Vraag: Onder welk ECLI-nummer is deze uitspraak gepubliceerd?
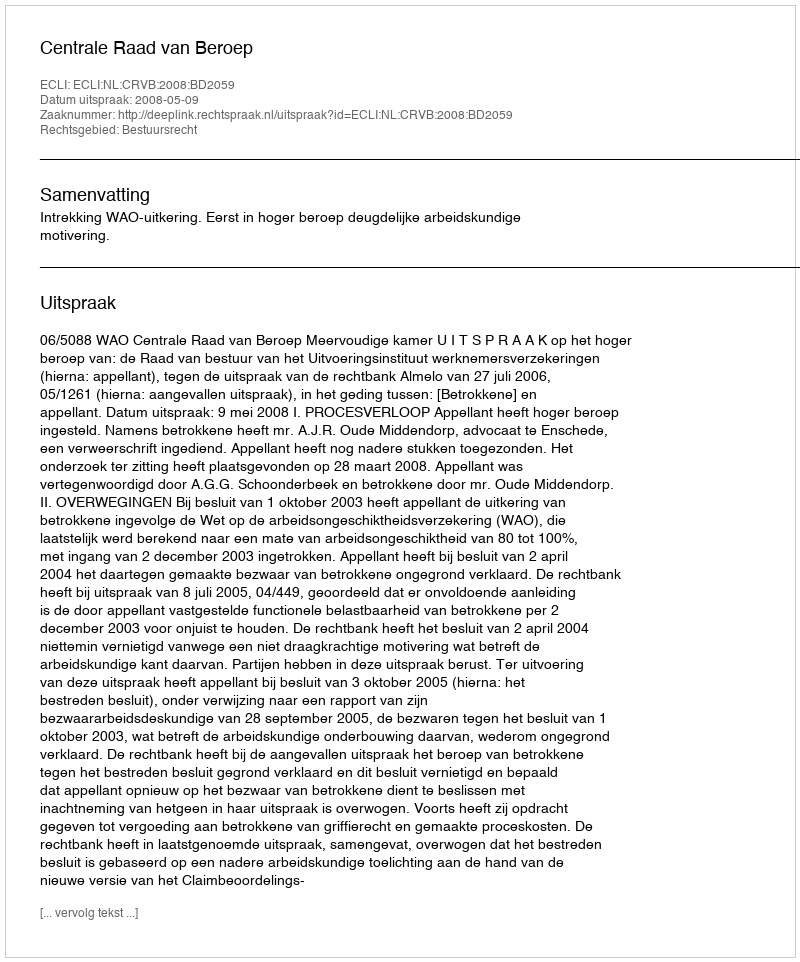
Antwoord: ECLI:NL:CRVB:2008:BD2059